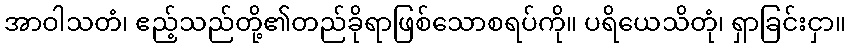
အာဝါသတံ၊ ဧည့်သည်တို့၏တည်ခိုရာဖြစ်သောစရပ်ကို။ ပရိယေသိတုံ၊ ရှာခြင်းငှာ။